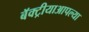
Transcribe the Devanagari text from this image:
बॅक्ट्रीयाआपल्या